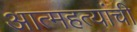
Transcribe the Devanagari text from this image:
आत्महत्यांची